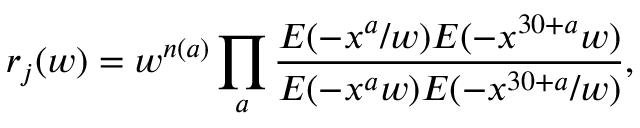
r _ { j } ( w ) = w ^ { n ( a ) } \prod _ { a } \frac { E ( - x ^ { a } / w ) E ( - x ^ { 3 0 + a } w ) } { E ( - x ^ { a } w ) E ( - x ^ { 3 0 + a } / w ) } ,